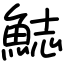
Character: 𩷓